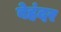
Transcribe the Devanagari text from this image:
बेहंदर